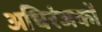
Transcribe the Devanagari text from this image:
अधिरंजकों